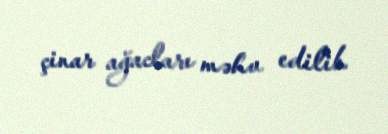
çinar ağacları məhv edilib.